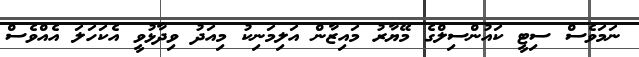
ނަމަވެސް ސިޓީ ކައުންސިލްގެ މޭޔާރު މައިޒާން އަލިމަނިކު މިއަދު ވިދާޅުވީ އެކަހަލަ އެއްވެސް